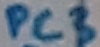
Text: PC3